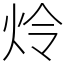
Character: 炩